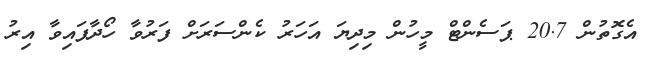
އެގޮތުން 20.7 ޕަސެންޓް މީހުން މިދިޔަ އަހަރު ކެންސަރަށް ފަރުވާ ހޯދާފައިވާ އިރު